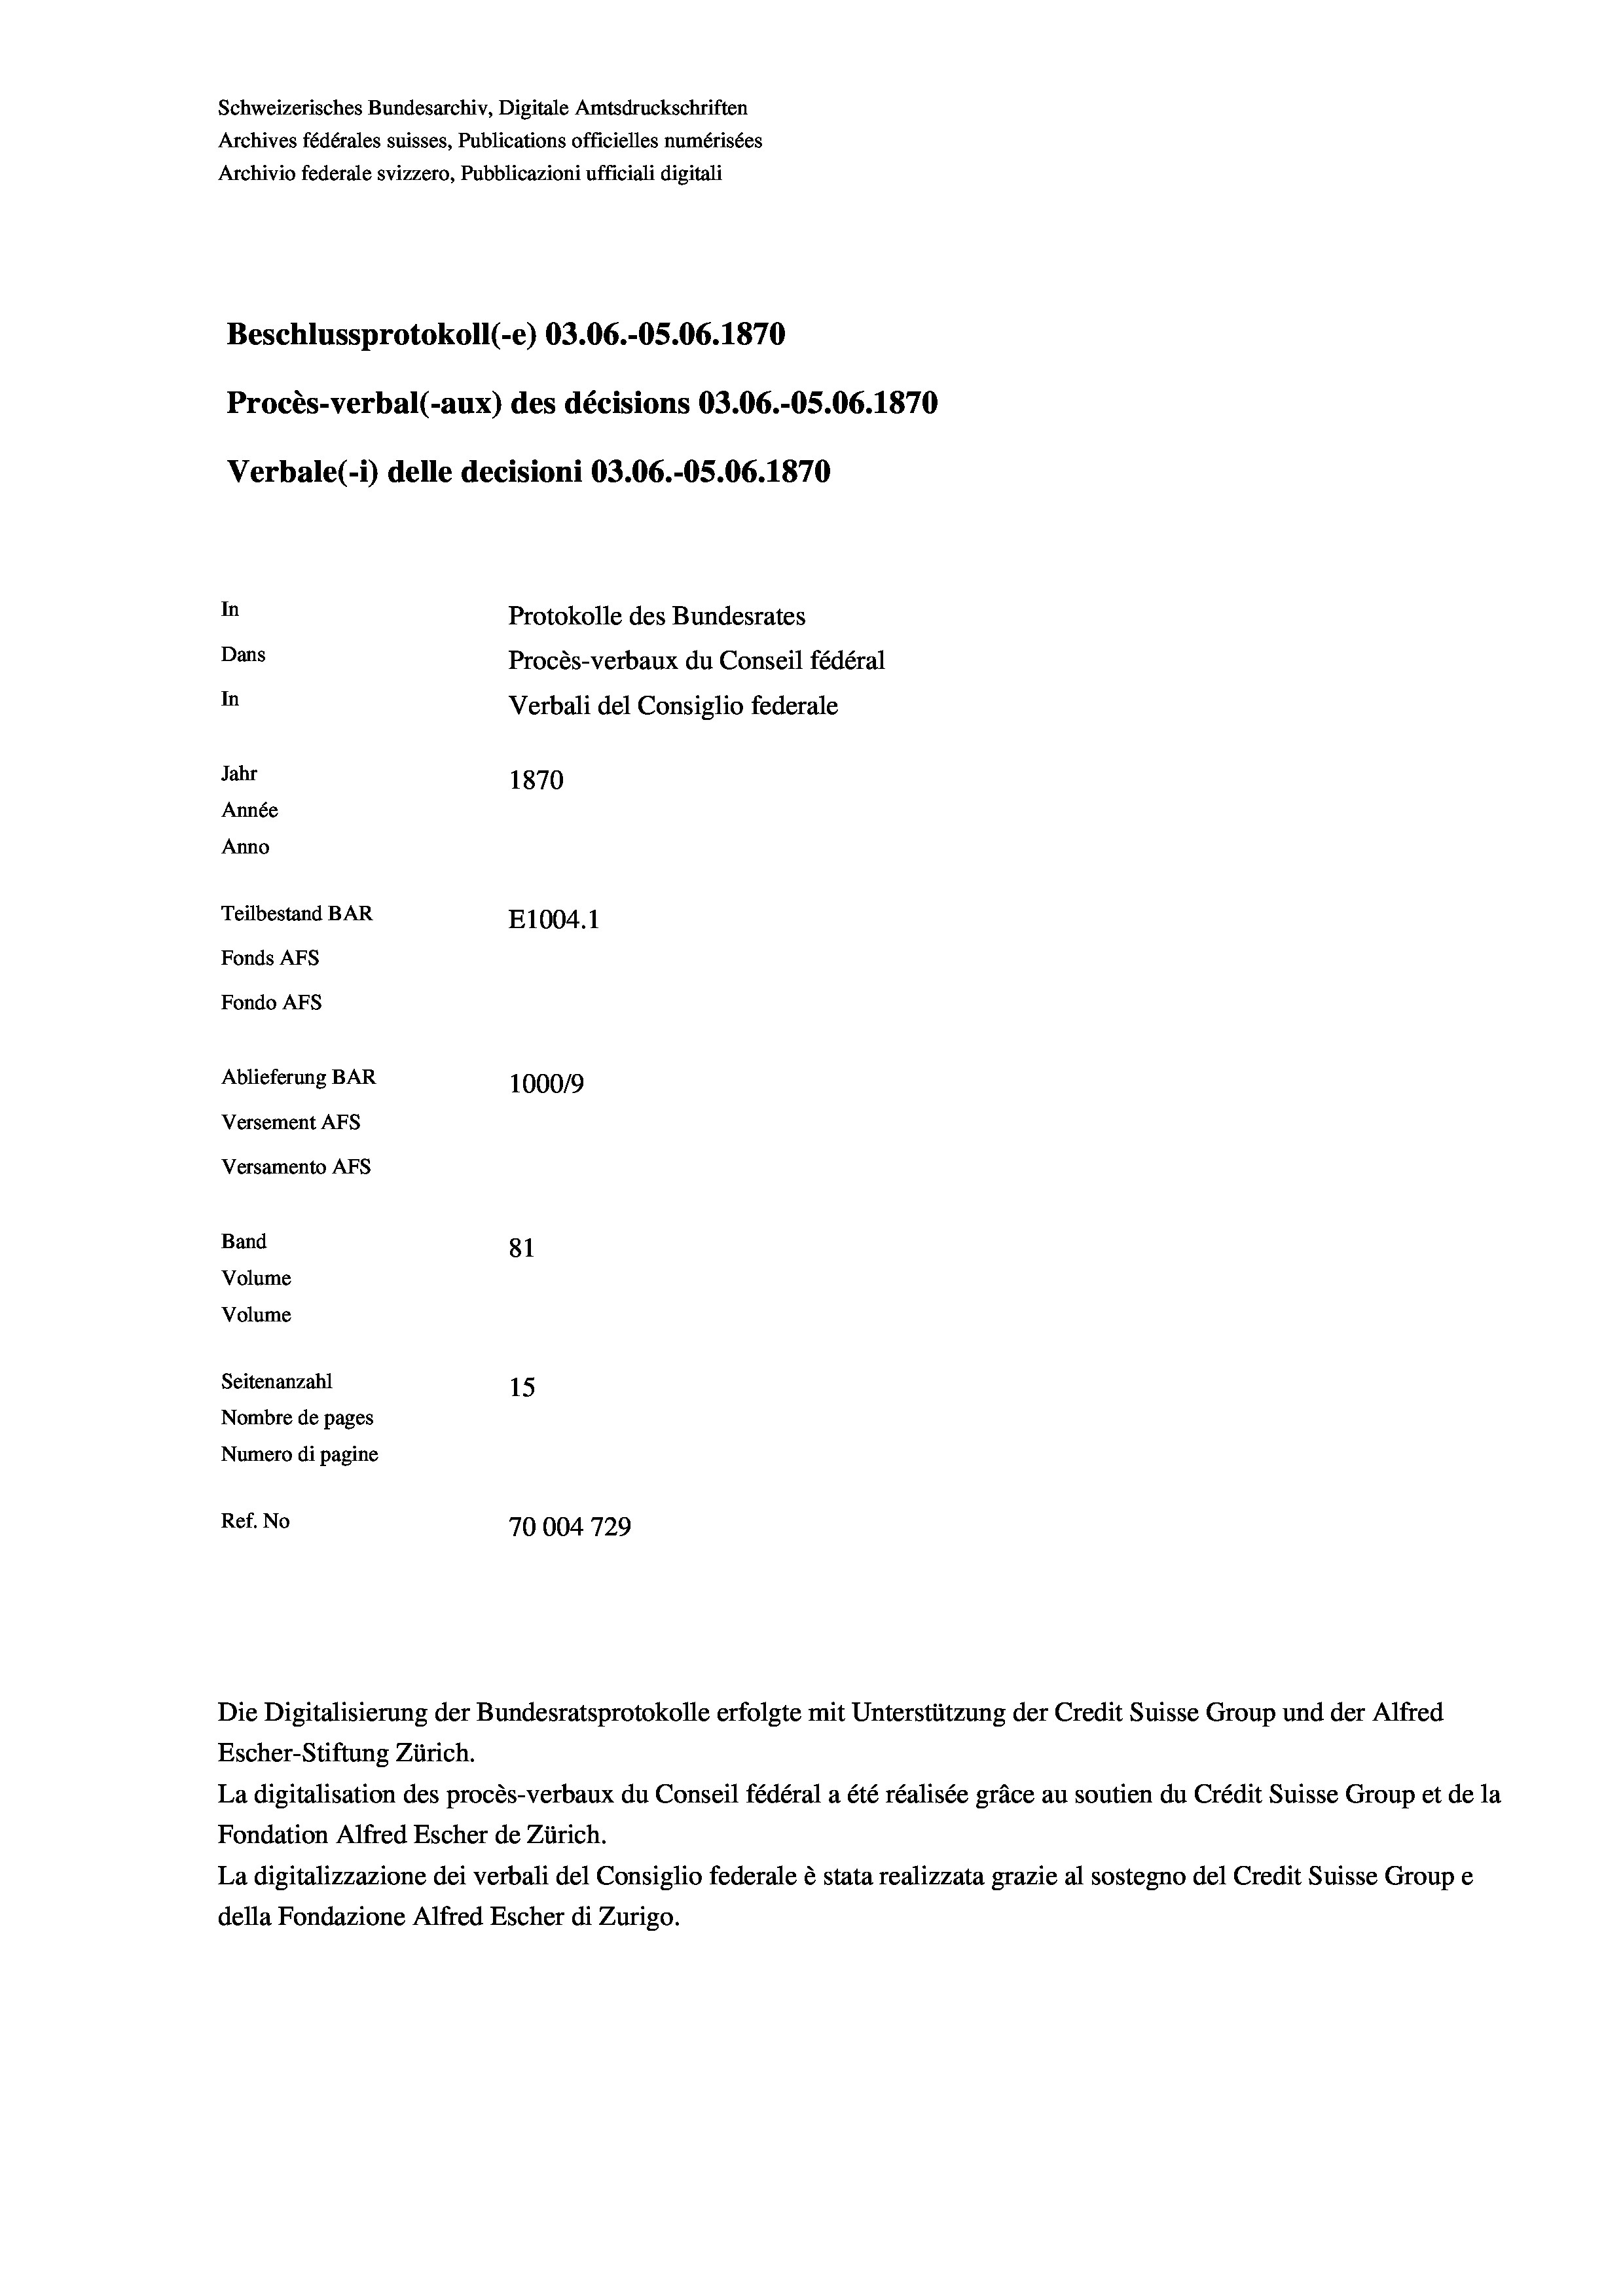
Schweizerisches Bundesarchiv, Digitale Amtsdruckschriften
Archives fédérales suisses, Publications officielles numérisées
Archivio federale svizzero, Pubblicazioni ufficiali digitali
Beschlussprotokoll (-e) 03.06.-05.06. 1870
Procès-verbal (-aux) des décisions 03.06.-OS.06. 1870
Verbale (- 1) delle decisioni O3.06.-OS.06. 1870
In
Protokolle des Bundesrates
Dans
Procès-verbaux du Conseil fédéral
In
Verbali del Consiglio federale
Jahr
1870
Année
Anno
Teilbestand BAR
E1004. 1
Fonds AFs
Fondo AFS
Ablieferung BAR
100019
Versement AFs
Versamento AFs

Band
Volume
Volume

81
Seitenanzahl
15
Nombre de pages
Numero di pagine
Ref. No
70004729

Escher-Stiftung Zürich.
La digitalisation des procès-verbaux du Conseil fédéral a été réalisée gräce au soutien du Crédit Suisse Group et de la
Fondation Alfred Escher de Zürich.
La digitalizzazione dei verbali del Consiglio federale è stata realizzata grazie al sostegno del Credit Suisse Groupe
della Fondazione Alfred Escher di Zurigo.

Die Digitalisierung der Bundesratsprotokolle erfolgte mit Unterstützung der Credit Suisse Group und der Alfred